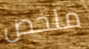
ملخص